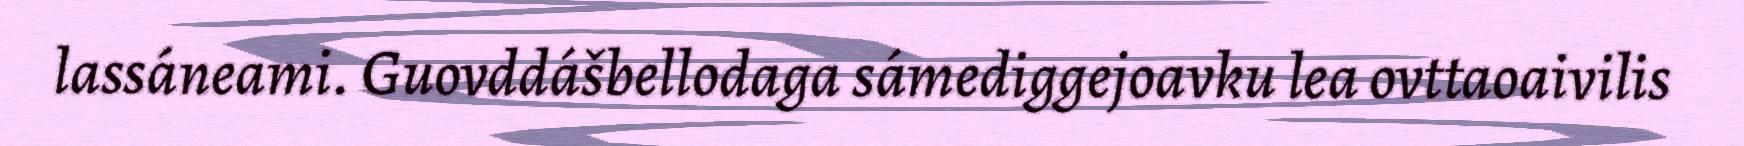
lassáneami. Guovddášbellodaga sámediggejoavku lea ovttaoaivilis